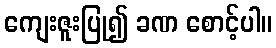
ကျေးဇူးပြု၍ ခဏ စောင့်ပါ။